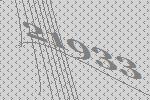
21933